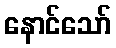
နောင်သော်